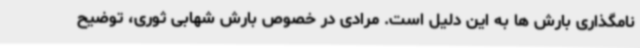
نامگذاری بارش ها به این دلیل است. مرادی در خصوص بارش شهابی ثوری، توضیح